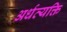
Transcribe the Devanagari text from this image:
अर्धव्यक्ति